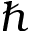
\hslash